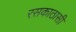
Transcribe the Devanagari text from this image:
रसकाठासी